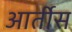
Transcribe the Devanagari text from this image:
आर्तीस